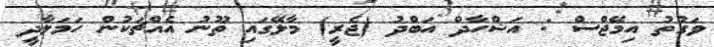
ވަގުތު އިމޭޖްސް : އަޝްހާދް އަބްދު (ޖެރީ) މާލޭގައި ތޫނު އެއްޗަކުން ހަމަލާދީ